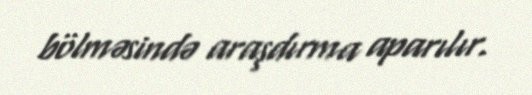
bölməsində araşdırma aparılır.